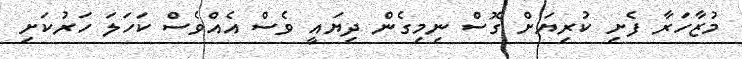
މުޒާހަރާ ފެށި ކުރިޔަށް ގޮސް ނިމިގެން ދިޔައީ ވެސް އެއްވެސް ކަހަލަ ހަރުކަށި